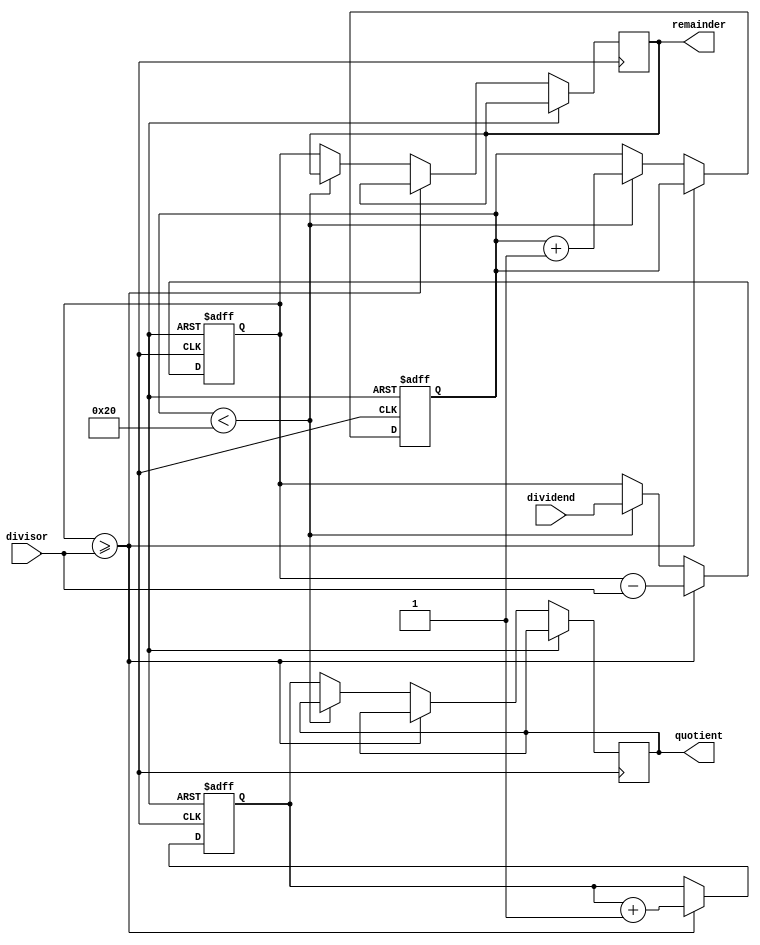
module counter_based_divider (
    input [31:0] dividend,
    input [31:0] divisor,
    output reg [31:0] quotient,
    output reg [31:0] remainder
);

reg [31:0] current_remainder;
reg [31:0] current_quotient;
reg [31:0] count;

always @ (posedge clk or posedge rst) begin
    if (rst) begin
        current_remainder <= 0;
        current_quotient <= 0;
        count <= 0;
    end else begin
        if (current_remainder >= divisor) begin
            current_remainder <= current_remainder - divisor;
            current_quotient <= current_quotient + 1;
        end else begin
            if (count < 32) begin
                count <= count + 1;
                current_remainder <= dividend;
            end else begin
                quotient <= current_quotient;
                remainder <= current_remainder;
            end
        end
    end
end

endmodule